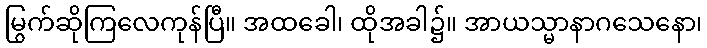
မြွက်ဆိုကြလေကုန်ပြီ။ အထခေါ၊ ထိုအခါ၌။ အာယသ္မာနာဂသေနော၊